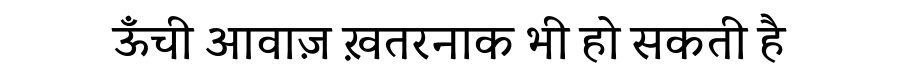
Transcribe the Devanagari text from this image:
ऊँची आवाज़ ख़तरनाक भी हो सकती है